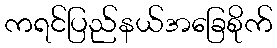
ကရင်ပြည်နယ်အခြေစိုက်